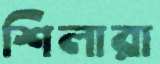
শিলারা